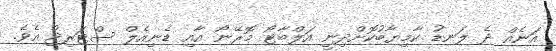
އަނެއް ދެ ލަނޑު ކާމިޔާބުކޮށްދިނީ އަލްބާޓޯ މޮރޭނޯ އާއި ޑެނިއެލް ސްޓަރިޖް އެވެ.